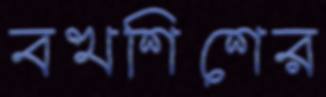
বখশিশের